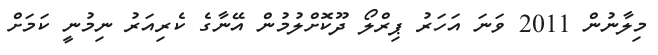
މިލާނުން 2011 ވަނަ އަހަރު ޕިރްލޯ ދޫކޮށްލުމުން އޭނާގެ ކެރިއަރު ނިމުނީ ކަމަށް